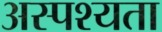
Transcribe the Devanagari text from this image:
अस्पश्यता